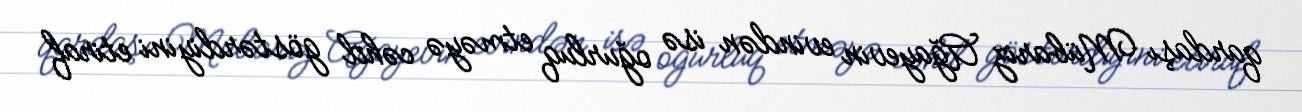
qardaşı Mübariz Ağayevin evindən isə oğurluq etməyə cəhd göstərdiyini etiraf